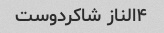
۴الناز شاکردوست